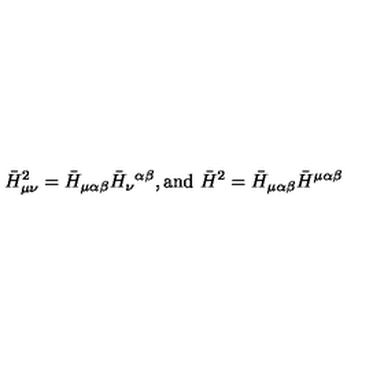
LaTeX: \bar { H } _ { \mu \nu } ^ { 2 } = \bar { H } _ { \mu \alpha \beta } \bar { H } _ { \nu } { } ^ { \alpha \beta } , \mathrm { a n d } \ \bar { H } ^ { 2 } = \bar { H } _ { \mu \alpha \beta } \bar { H } ^ { \mu \alpha \beta }